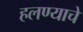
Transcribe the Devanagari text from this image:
हलण्याचे